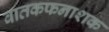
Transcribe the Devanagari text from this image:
वातकफनाशक